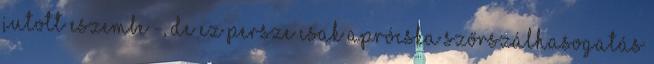
jutott eszembe -, de ez persze csak aprócska szőrszálhasogatás